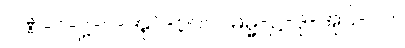
ပဏ်-၁-ဋ္ဌ-ပ-အုပ်-၃၀၇။ ဓမ္မ-ဋ္ဌ-ဒု-အုပ်-၇၂။